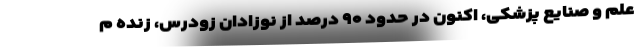
علم و صنایع پزشکی، اکنون در حدود ۹۰ درصد از نوزادان زودرس، زنده م